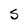
Character: s